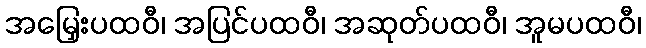
အမြှေးပထဝီ၊ အပြင်ပထဝီ၊ အဆုတ်ပထဝီ၊ အူမပထဝီ၊